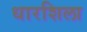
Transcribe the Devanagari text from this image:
धारशिला